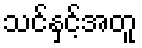
သင်နှင့်အတူ